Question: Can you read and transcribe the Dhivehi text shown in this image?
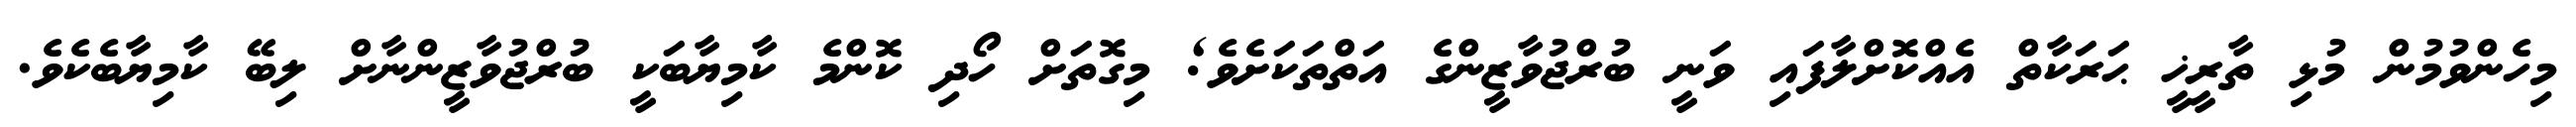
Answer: މިހެންވުމުން މުޅި ތާރީޚީ ޙަރަކާތް އެއްކޮށްލާފައި ވަނީ ބުރްޖުވާޒީންގެ އަތްތަކަށެވެ; މިގޮތަށް ހޯދި ކޮންމެ ކާމިޔާބަކީ ބުރްޖުވާޒީންނާށް ލިބޭ ކާމިޔާބެކެވެ.